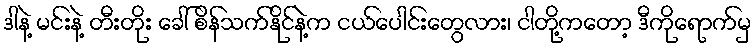
ဒါနဲ့ မင်းနဲ့ တီးတိုး ခေါ် စိန်သက်နိုင်နဲ့က ငယ်ပေါင်းတွေလား၊ ငါတို့ကတော့ ဒီကိုရောက်မှ